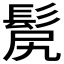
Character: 𩬜